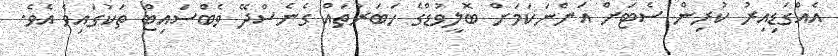
އެއްގަޑިއިރު ކުރިން ސެޓަށް އަންނަކަމަށް ބޮލީވުޑްގެ ހަބަރުތައް ގެނެސްދޭ ވެބްސައިޓް ތަކުގައިވެ އެވެ.